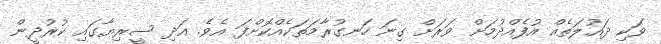
ވަކި ދައުލަތެއް އުފެއްދުމަށް ވަރަށް ގިނަ ހަނގުރާމަތަކެއްކޮށްފަ އެވެ. އަދި ސީރިޔާގައި ކުރުދީން